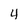
Character: 4